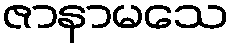
ဇာနာမသေ